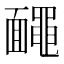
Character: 𪓱